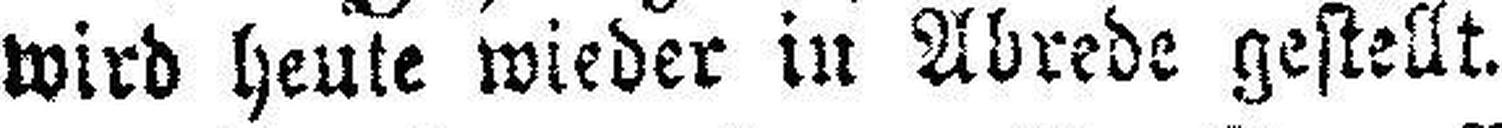
wird heute wieder in Abrede gestellt.